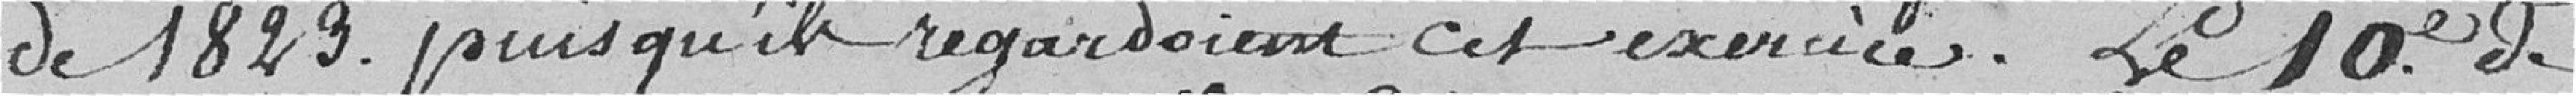
de 1823, puisqu'ils regardaient cet exercice. Le dixième de